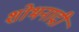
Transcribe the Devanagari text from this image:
शोभनाद्री